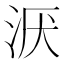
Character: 𣴇